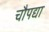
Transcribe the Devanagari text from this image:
चौपद्या